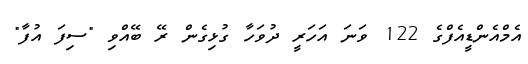
އެމްއެންޑީއެފްގެ 122 ވަނަ އަހަރީ ދުވަހާ ގުޅިގެން ރޭ ބޭއްވި "ސިފަ އުފާ"